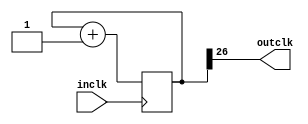
`timescale 1ns / 1ps
//////////////////////////////////////////////////////////////////////////////////
// Company: 
// Engineer: 
// 
// Design Name: 
// Module Name: beepdiv
// Project Name: 
// Target Devices: 
// Tool Versions: 
// Description: 
// 
// Dependencies: 
// 
// Revision:
// Revision 0.01 - File Created
// Additional Comments:
// 
//////////////////////////////////////////////////////////////////////////////////


module beepdiv(
    input inclk,
output outclk
    );
    
    reg [35:0] q;
    
    initial q<=36'b0;
    
    always@(posedge inclk)
         q<=q+1;
    
    //beep
    assign outclk=q[26];//around 1Hz
    
endmodule